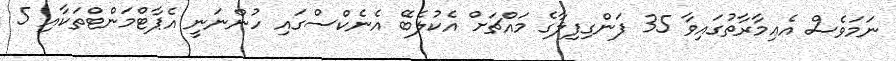
ނަމަވެސް އެޢިމާރާތުގައިވާ 35 ފަންގިފިލާގެ މައްޗަށް އެކުލެބޭ އެނެކްސްގައި ހުންނަނީ އެޕާޓްމަންޓްތަކާއި 5